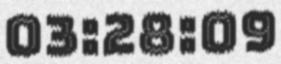
03:28:09